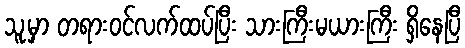
သူ့မှာ တရားဝင်လက်ထပ်ပြီး သားကြီးမယားကြီး ရှိနေပြီ